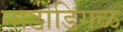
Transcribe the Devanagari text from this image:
नाडोडिगळ